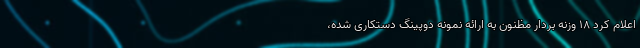
اعلام کرد ۱۸ وزنه بردار مظنون به ارائه نمونه دوپینگ دستکاری شده،